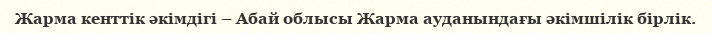
Жарма кенттік әкімдігі – Абай облысы Жарма ауданындағы әкімшілік бірлік.